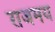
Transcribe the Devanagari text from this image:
राजमय